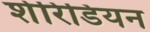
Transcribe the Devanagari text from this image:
शेरिडियन